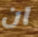
ان